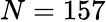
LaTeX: N=157